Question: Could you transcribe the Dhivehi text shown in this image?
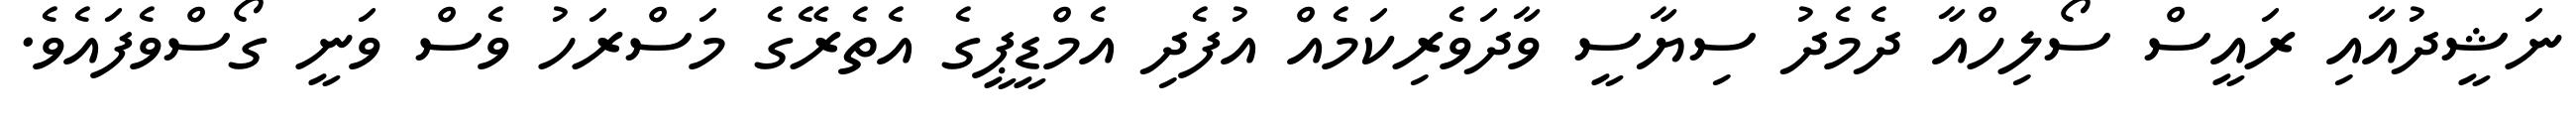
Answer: ނަޝީދުއާއި ރައީސް ސޯލިހްއާ ދެމެދު ސިޔާސީ ވާދަވެރިކަމެއް އުފެދި އެމްޑީޕީގެ އެތެރޭގެ މަސްރަހު ވެސް ވަނީ ގޯސްވެފައެވެ.